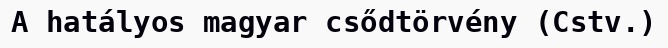
A hatályos magyar csődtörvény (Cstv.)